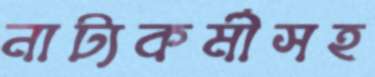
নাট্যকর্মীসহ